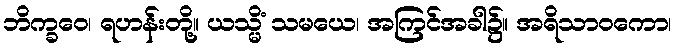
ဘိက္ခဝေ၊ ရဟန်းတို့။ ယသ္မိံ သမယေ၊ အကြင်အခါ၌။ အရိသာဝကော၊